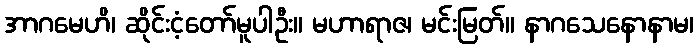
အာဂမေဟိ၊ ဆိုင်းငံ့တော်မူပါဦး။ မဟာရာဇ၊ မင်းမြတ်။ နာဂသေနောနာမ၊